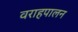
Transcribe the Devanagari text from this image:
वराहपालन